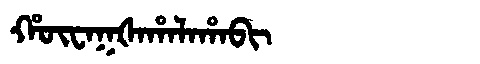
Manchu: ᡥᡡᠸᠠᡴᡧᠠᡥᠠᠯᠠᡥᠠᠪᡳ
Romanization: HŪWAKŠAHALAHABI